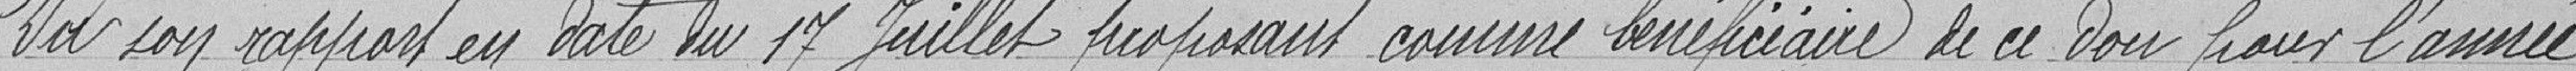
Vu son rapport en date du 1er Juillet proposant comme bénéficiaire de ce don pour l'année